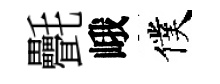
㲲峨僕